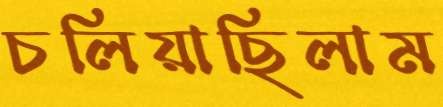
চলিয়াছিলাম